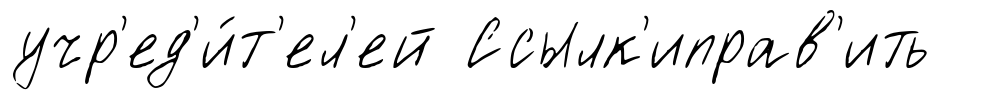
учр'ед'и́т'ел'ей Ссылк'иправ'ить